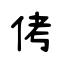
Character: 侤